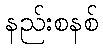
နည်းစနစ်